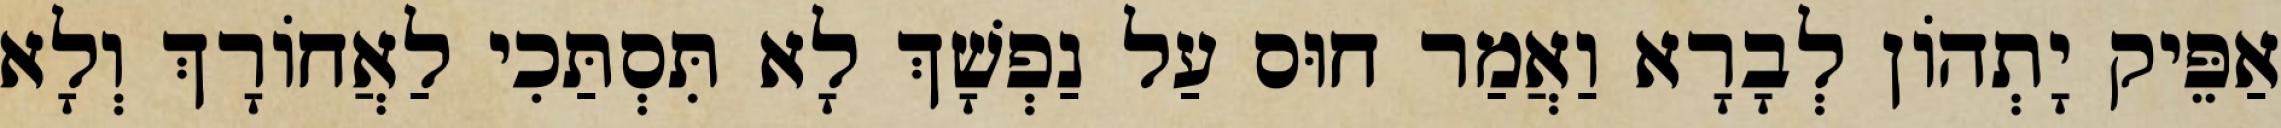
אַפֵּיק יָתְהוֹן לְבָרָא וַאֲמַר חוּס עַל נַפְשָׁךְ לָא תִּסְתַּכִי לַאֲחוֹרָךְ וְלָא